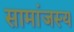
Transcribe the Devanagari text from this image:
सामांजस्य